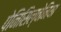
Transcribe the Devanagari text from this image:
पेनिसिल्‍वेनिया